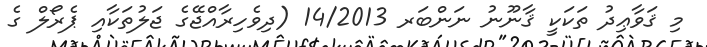
މި ޤަވާޢިދު ތަކަކީ ޤާނޫނު ނަންބަރ 14/2013 (ދިވެހިރާއްޖޭގެ ޖަލުތަކާއި ޕެރޯލް ގެ